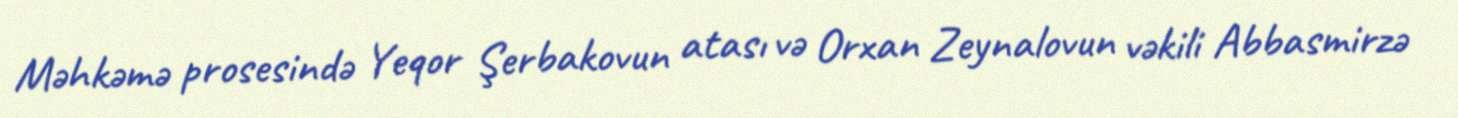
Məhkəmə prosesində Yeqor Şerbakovun atası və Orxan Zeynalovun vəkili Abbasmirzə